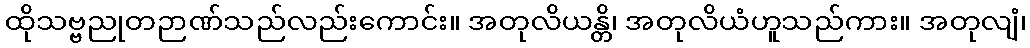
ထိုသဗ္ဗညုတဉာဏ်သည်လည်းကောင်း။ အတုလိယန္တိ၊ အတုလိယံဟူသည်ကား။ အတုလျံ၊